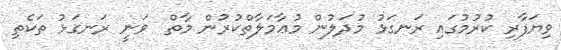
ވިޔަފާރި ކުރުމުގައި ރަނގަޅު މުދަލުން މުޢާމަލާތްކުރުން މާތް  ވަނީ ރަނގަޅު ތަކެތި